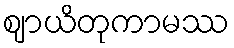
ဈာယိတုကာမဿ